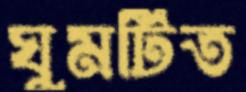
ঘুমটিত